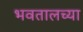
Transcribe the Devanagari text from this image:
भवतालच्या